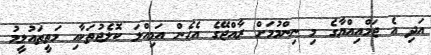
އަދި އެ ޖަމްއިއްޔާގެ މި ނިންމުމަށް ރާއްޖޭގެ އެހެން އަމިއްލަ ކޮލެޖުތަކާއި މަތީތައުލީމު